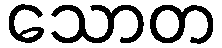
သောတ